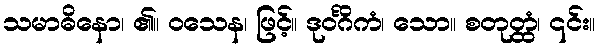
သမာဓိနော၊ ၏။ ဝသေန၊ ဖြင့်။ ဒုဝင်္ဂိကံ၊ သော။ စတုတ္ထံ၊ ၎င်း။